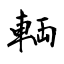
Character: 輌